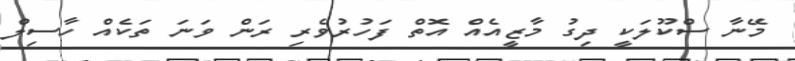
މޭނާ ސްކޫލަކީ ދިގު މާޒީއެއް އޮތް ފަހުރުވެރި ރަން ވަނަ ތަކެއް ހާސިލް